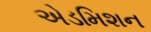
એડમિશન